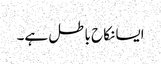
ایسا نکاح باطل ہے۔